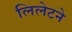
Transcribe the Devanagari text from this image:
लिलेटने